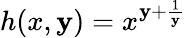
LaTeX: h(x,\mathbf{y})=x^{\mathbf{y}+\frac{{1}}{{\mathbf{y}}}}